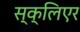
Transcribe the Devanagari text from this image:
स्क्लिएर